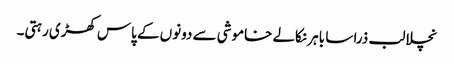
نچلا لب ذرا سا باہر نکالے خاموشی سے دونوں کے پاس کھڑی رہتی۔